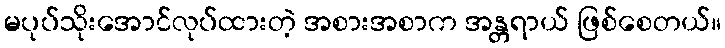
မပုပ်သိုးအောင်လုပ်ထားတဲ့ အစားအစာက အန္တရာယ် ဖြစ်စေတယ်။